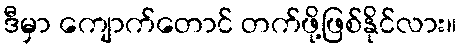
ဒီမှာ ကျောက်တောင် တက်ဖို့ဖြစ်နိုင်လား။